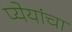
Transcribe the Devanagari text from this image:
प्येयांचा